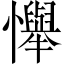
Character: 𢤫